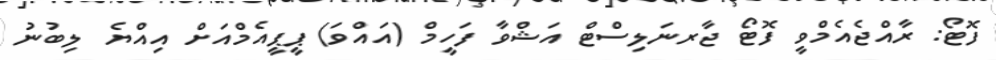
ފޮޓޯ: ރާއްޖެއެމްވީ ފޮޓޯ ޖާރނަލިސްޓް އަޝްވާ ފަހީމް (އައްވަ) ޕީޕީއެމްއަށް އިއްޔެ ލިބުނު